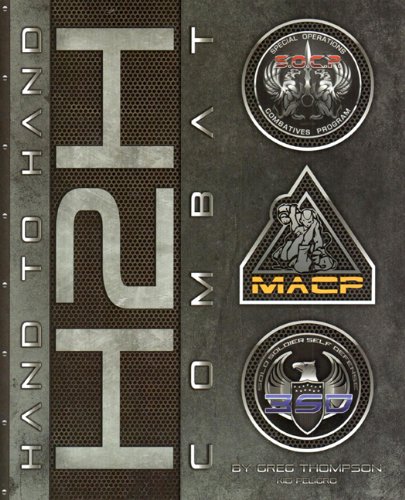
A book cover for H2H (Hand to Hand) Combat, Soldiers Edition; Greg Thompson; Sports & Outdoors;